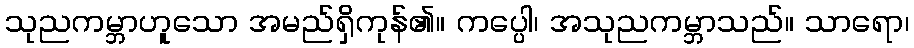
သုညကမ္ဘာဟူသော အမည်ရှိကုန်၏။ ကပ္ပေါ၊ အသုညကမ္ဘာသည်။ သာရော၊